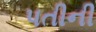
પતીની